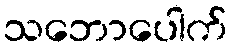
သဘောပေါက်